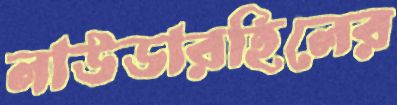
লাউডারহিলের